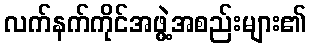
လက်နက်ကိုင်အဖွဲ့အစည်းများ၏